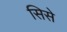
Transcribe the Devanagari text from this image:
सिसे